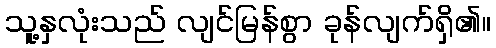
သူ့နှလုံးသည် လျင်မြန်စွာ ခုန်လျက်ရှိ၏။